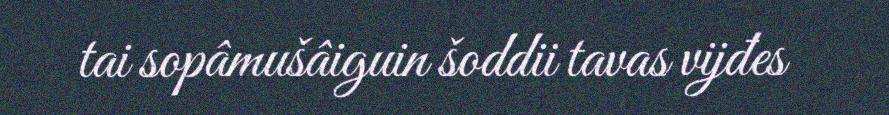
tai sopâmušâiguin šoddii tavas vijđes